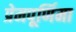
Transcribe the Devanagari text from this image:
प्रेमपूर्णिमा